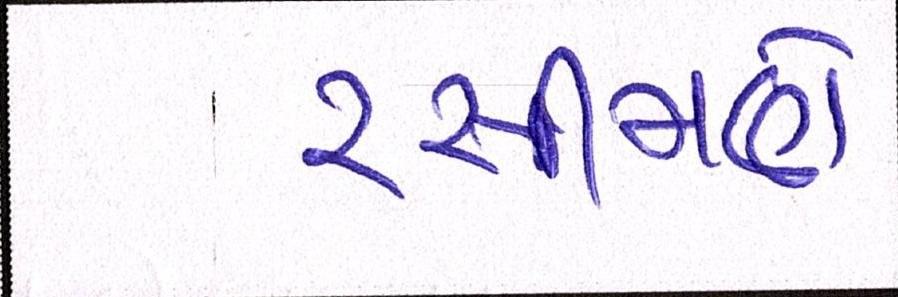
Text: રસીમણે